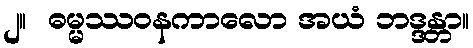
၂။  ဓမ္မဿဝနကာလော အယံ ဘဒ္ဒန္တာ။